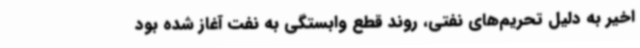
اخیر به دلیل تحریم‌های نفتی، روند قطع وابستگی به نفت آغاز شده بود